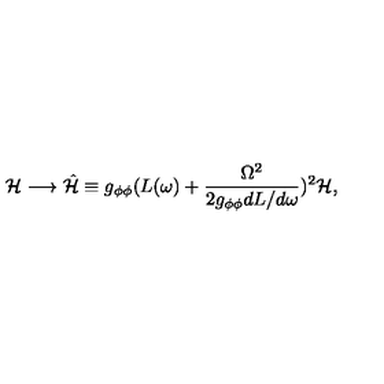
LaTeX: { \cal H } \longrightarrow \hat { { \cal H } } \equiv g _ { \phi \phi } ( L ( \omega ) + \frac { \Omega ^ { 2 } } { 2 g _ { \phi \phi } d L / d \omega } ) ^ { 2 } { \cal H } ,